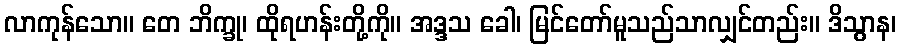
လာကုန်သော။ တေ ဘိက္ခု၊ ထိုရဟန်းတို့ကို။ အဒ္ဒသ ခေါ၊ မြင်တော်မူသည်သာလျှင်တည်း။ ဒိသွာန၊